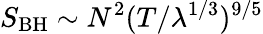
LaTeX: S_{\mathrm{BH}}\sim N^{2}(T/\lambda^{1/3})^{9/5}